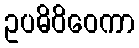
ဥပဓိဝိဝေကာ